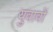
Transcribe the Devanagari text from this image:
युवावों